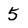
Character: 5